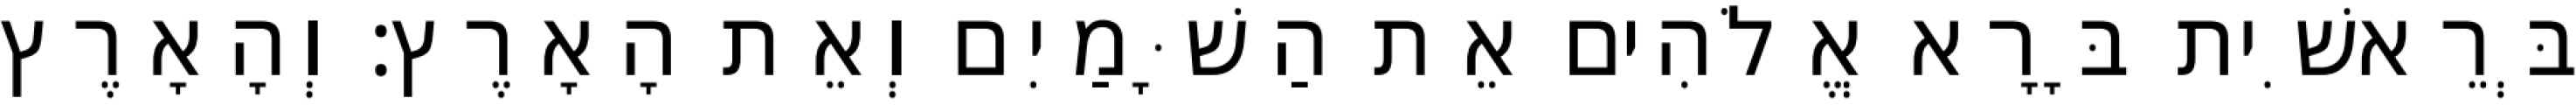
בְּרֵאשִׁית בָּרָא אֱלֹהִים אֵת הַשָּׁמַיִם וְאֵת הָאָרֶץ׃ וְהָאָרֶץ